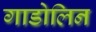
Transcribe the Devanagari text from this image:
गाडोलिन